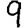
Digit: 9